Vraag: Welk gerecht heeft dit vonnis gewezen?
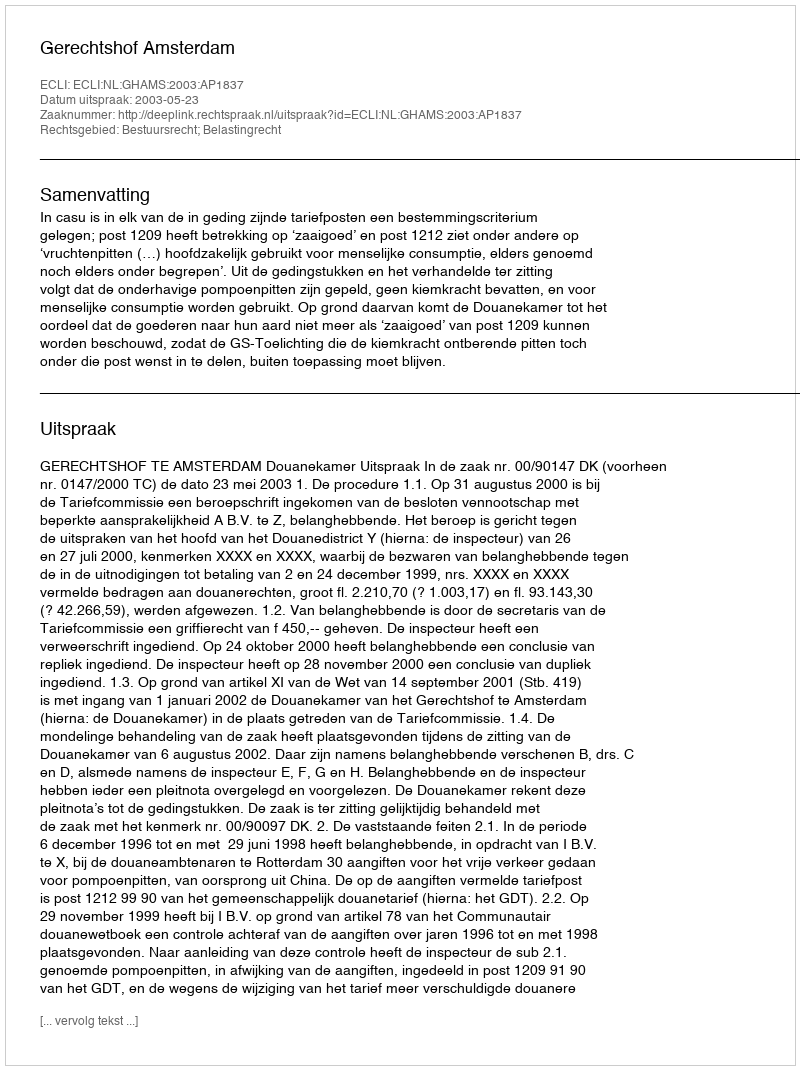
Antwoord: Gerechtshof Amsterdam